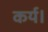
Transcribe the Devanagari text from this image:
कर्य।